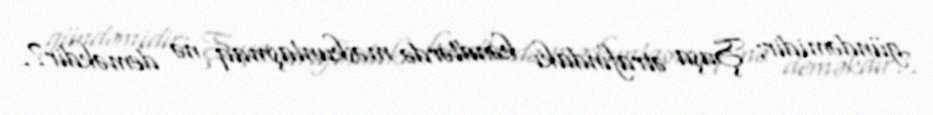
gündəmidir; Şuşa ətrafındakı kəndlərdə məskunlaşmaq nə deməkdir?.